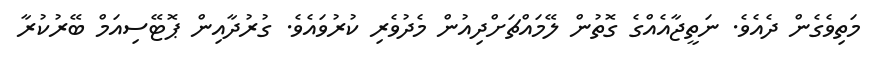
މަތިވެގެން ދެއެވެ. ނަތީޖާއެއްގެ ގޮތުން ލޭމައްޗަށްދިއުން މެދުވެރި ކުރުވައެވެ. ގުރުދާއިން ޕޮޓޭސިއަމް ބޭރުކުރާ